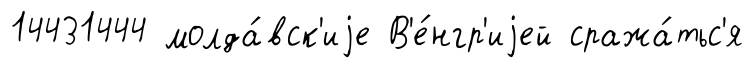
14431444 молда́вск'иjе В'е́нгр'иjей сража́тьс'я